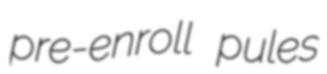
pre-enroll pules